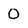
Character: 0